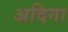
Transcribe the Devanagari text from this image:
अदिगा